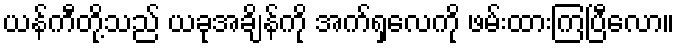
ယန်ကီတို့သည် ယခုအချိန်ကို အက်ရှလေကို ဖမ်းထားကြပြီလော။